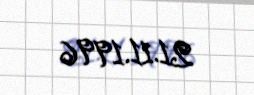
21.11.1996